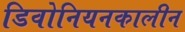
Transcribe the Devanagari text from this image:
डिवोनियनकालीन